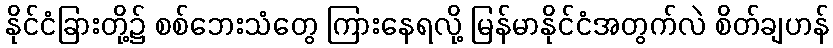
နိုင်ငံခြားတို့၌ စစ်ဘေးသံတွေ ကြားနေရလို့ မြန်မာနိုင်ငံအတွက်လဲ စိတ်ချဟန်